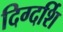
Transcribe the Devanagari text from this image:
दिग्दर्शि